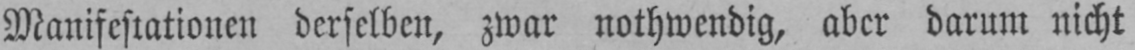
Manifestationen derselben, zwar nothwendig, aber darum nicht